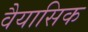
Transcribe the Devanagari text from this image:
वैयासिक